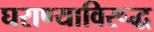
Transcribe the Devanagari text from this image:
घराण्याविरूद्ध